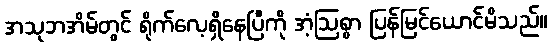
အသုဘအိမ်တွင် ရိုက်လေ့ရှိနေပြီကို အံ့ဩစွာ ပြန်မြင်ယောင်မိသည်။